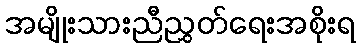
အမျိုးသားညီညွှတ်ရေးအစိုးရ